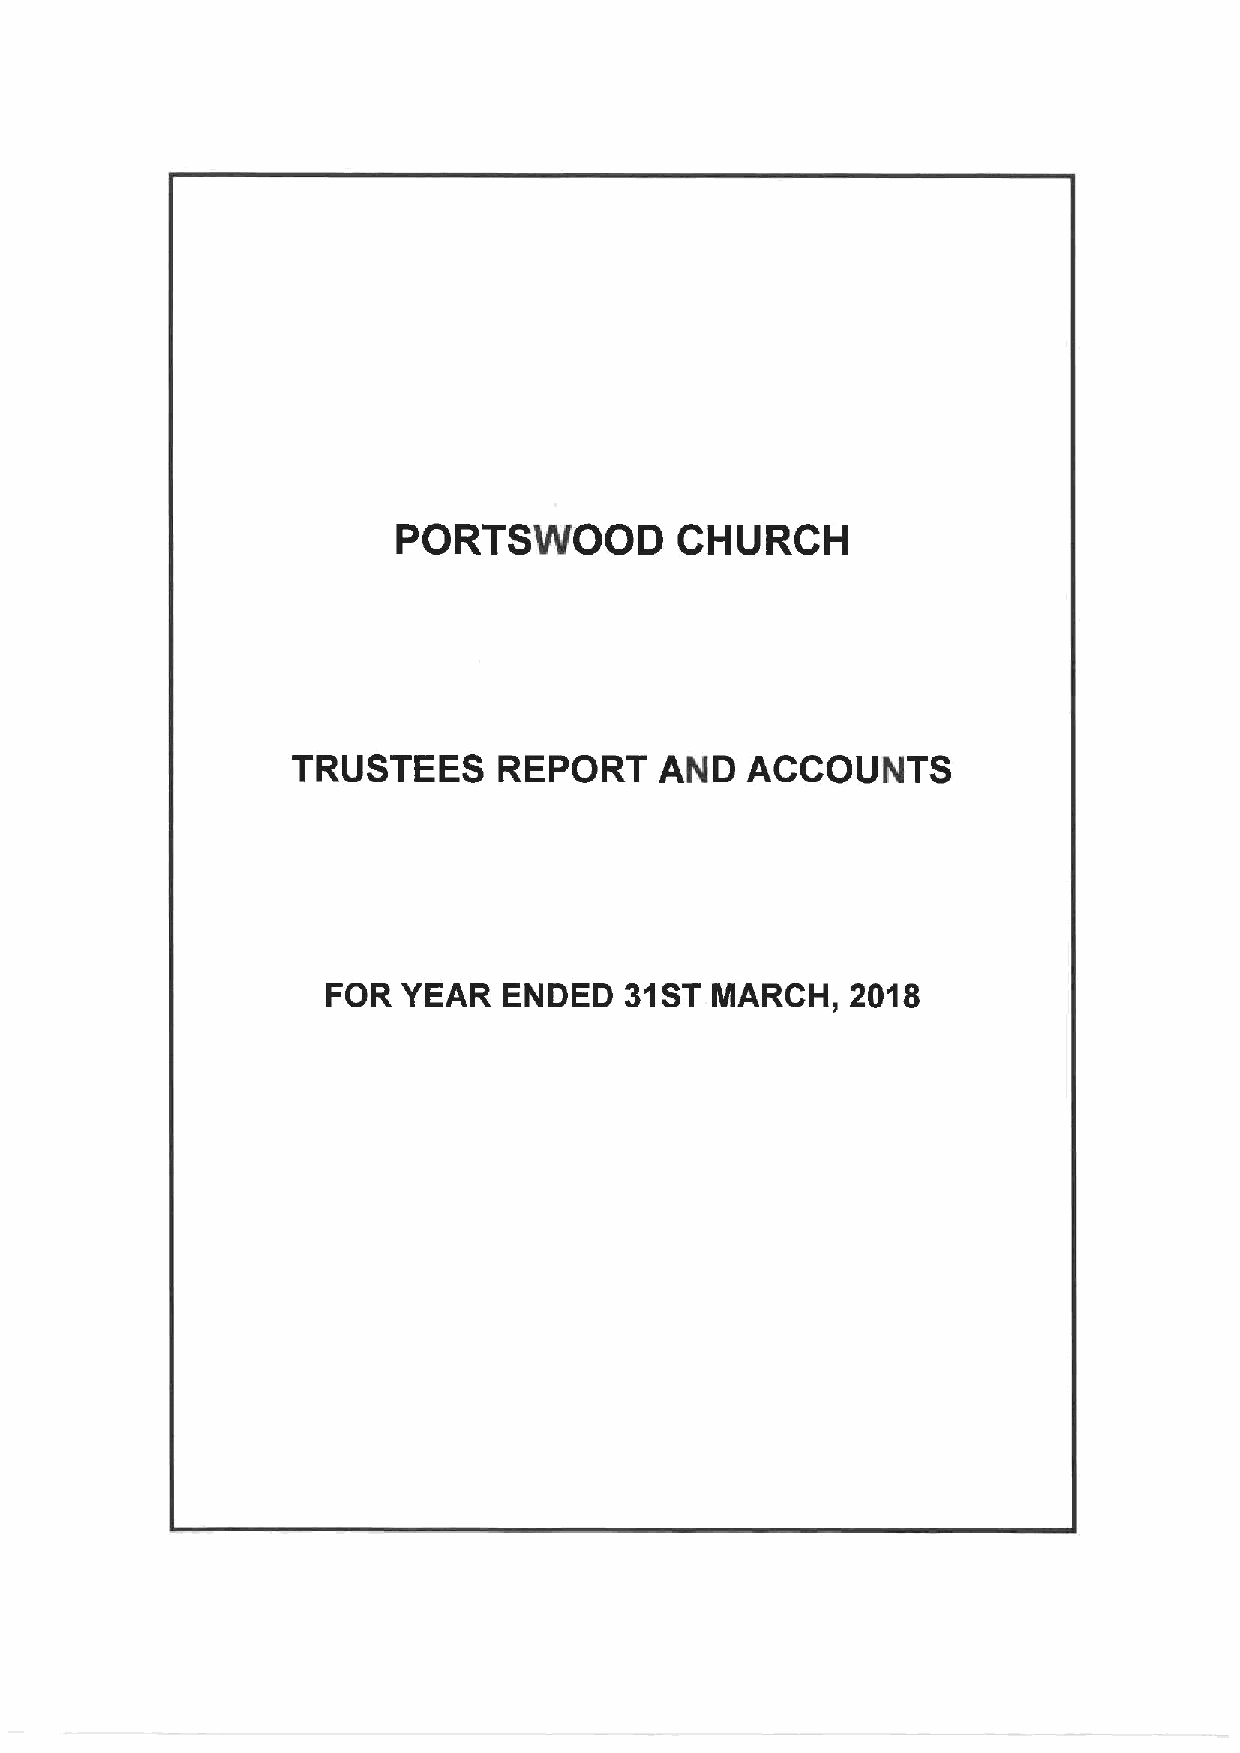
PORTSWOOD          CHURCH
 TRUSTEES      REPORT     AND  ACCOUNTS
 FOR  YEAR  ENDED   31ST  MARCH,   2018